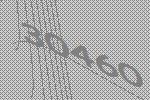
30460